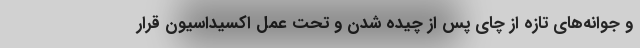
و جوانه‌های تازه از چای پس از چیده شدن و تحت عمل اکسیداسیون قرار